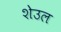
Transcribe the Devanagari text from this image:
शेउल